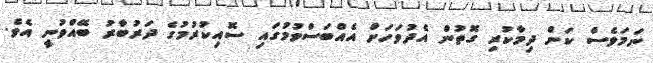
ނަމަވެސް ކަން ދިމާކުރި ގޮތުން އެދުވަހަށް އެއްބަސްވުމުގައި ސޮއިކުރުމުގެ ދަރުބާރު ބޭއްވުނީ އެވެ.